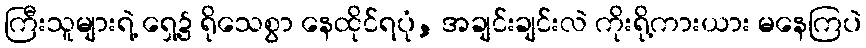
ကြီးသူများရဲ့ ရှေ့၌ ရိုသေစွာ နေထိုင်ရပုံ, အချင်းချင်းလဲ ကိုးရို့ကားယား မနေကြပဲ